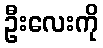
ဦးလေးကို